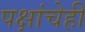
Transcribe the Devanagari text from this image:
पक्षांचेही